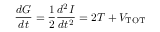
{ \frac { d G } { d t } } = { \frac { 1 } { 2 } } { \frac { d ^ { 2 } I } { d t ^ { 2 } } } = 2 T + V _ { \mathrm { T O T } }